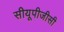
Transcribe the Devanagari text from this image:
सीयूपीजीसी